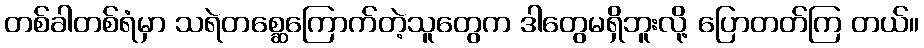
တစ်ခါတစ်ရံမှာ သရဲတစ္ဆေကြောက်တဲ့သူတွေက ဒါတွေမရှိဘူးလို့ ပြောတတ်ကြ တယ်။